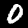
Label: 0